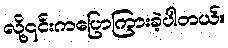
လို့၎င်းကပြောကြားခဲ့ပါတယ်။